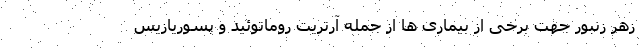
زهر زنبور جهت برخی از بیماری ها از جمله آرتریت روماتوئید و پسوریازیس